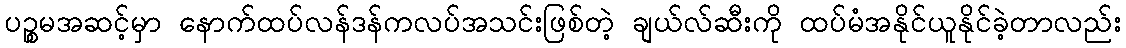
ပဉ္စမအဆင့်မှာ နောက်ထပ်လန်ဒန်ကလပ်အသင်းဖြစ်တဲ့ ချယ်လ်ဆီးကို ထပ်မံအနိုင်ယူနိုင်ခဲ့တာလည်း